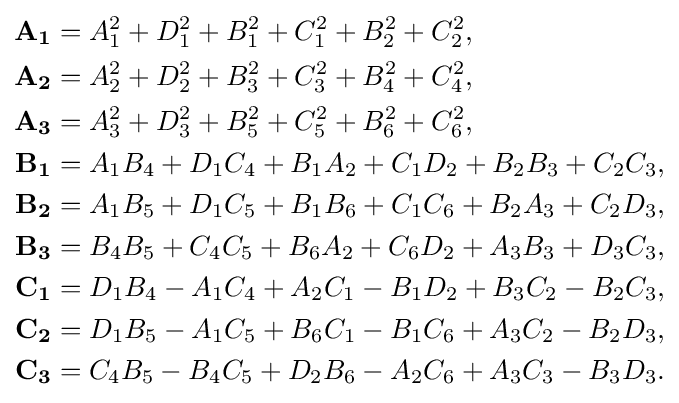
{\begin{aligned}\mathbf {A_{1}} &=A_{1}^{2}+D_{1}^{2}+B_{1}^{2}+C_{1}^{2}+B_{2}^{2}+C_{2}^{2},\\\mathbf {A_{2}} &=A_{2}^{2}+D_{2}^{2}+B_{3}^{2}+C_{3}^{2}+B_{4}^{2}+C_{4}^{2},\\\mathbf {A_{3}} &=A_{3}^{2}+D_{3}^{2}+B_{5}^{2}+C_{5}^{2}+B_{6}^{2}+C_{6}^{2},\\\mathbf {B_{1}} &=A_{1}B_{4}+D_{1}C_{4}+B_{1}A_{2}+C_{1}D_{2}+B_{2}B_{3}+C_{2}C_{3},\\\mathbf {B_{2}} &=A_{1}B_{5}+D_{1}C_{5}+B_{1}B_{6}+C_{1}C_{6}+B_{2}A_{3}+C_{2}D_{3},\\\mathbf {B_{3}} &=B_{4}B_{5}+C_{4}C_{5}+B_{6}A_{2}+C_{6}D_{2}+A_{3}B_{3}+D_{3}C_{3},\\\mathbf {C_{1}} &=D_{1}B_{4}-A_{1}C_{4}+A_{2}C_{1}-B_{1}D_{2}+B_{3}C_{2}-B_{2}C_{3},\\\mathbf {C_{2}} &=D_{1}B_{5}-A_{1}C_{5}+B_{6}C_{1}-B_{1}C_{6}+A_{3}C_{2}-B_{2}D_{3},\\\mathbf {C_{3}} &=C_{4}B_{5}-B_{4}C_{5}+D_{2}B_{6}-A_{2}C_{6}+A_{3}C_{3}-B_{3}D_{3}.\end{aligned}}